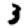
Digit: 3